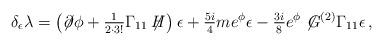
LaTeX: \begin{align*}\delta_{\epsilon}\lambda = \left(\not\!\partial\phi+{\textstyle\frac{1}{2\cdot 3!}}\Gamma_{11}\not\!\! H\right)\epsilon +{\textstyle\frac{5i}{4}} m e^{\phi} \epsilon-{\textstyle\frac{3i}{8}} e^{\phi} \not\! G^{(2)} \Gamma_{11}\epsilon\, ,\end{align*}